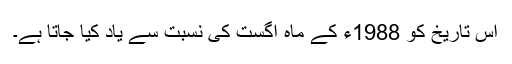
اس تاریخ کو 1988ء کے ماہ اگست کی نسبت سے یاد کیا جاتا ہے۔